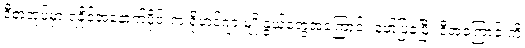
ဒီစာအုပ်မှာ ရခိုင်အနောက်ပိုင်းက ရိုဟင်ဂျာ မျိုးနွယ်တွေအကြောင်း ဖော်ပြခဲ့ပြီး ဒီအကြောင်းကို